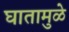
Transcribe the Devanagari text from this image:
घातामुळे